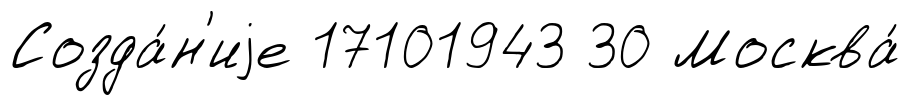
Созда́н'иjе 17101943 30 Москва́